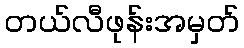
တယ်လီဖုန်းအမှတ်